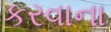
કરવાના